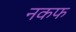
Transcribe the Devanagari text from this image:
नकफ